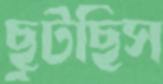
ছুটছিস